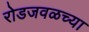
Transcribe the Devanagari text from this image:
रोडजवळच्या